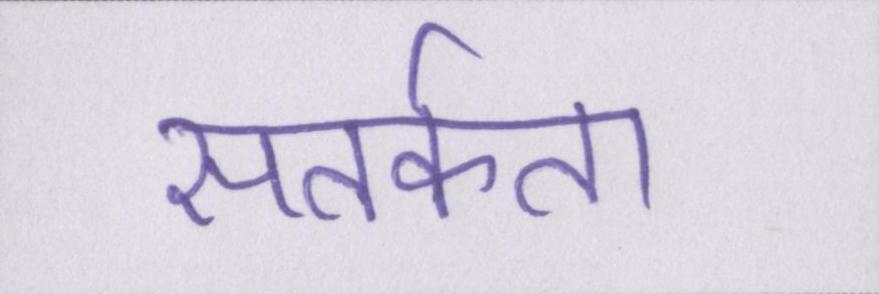
सतर्कता